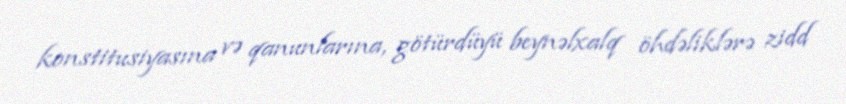
konstitusiyasına və qanunlarına, götürdüyü beynəlxalq öhdəliklərə zidd